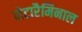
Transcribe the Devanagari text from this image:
मेटारैमिनाल